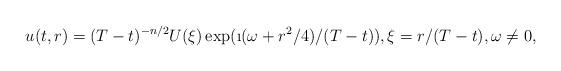
LaTeX: \begin{align*}u(t,r) = (T-t)^{-n/2} U(\xi) \exp(\i(\omega+r^2/4)/(T-t)),\xi = r/(T-t),\omega\neq 0,\end{align*}